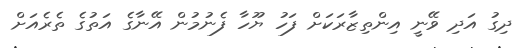
ދިގު އަދި ވޭނީ އިންތިޒާރަކަށް ފަހު ޔޫހާ ފެނުމުން އޭނާގެ އަތުގެ ތެރެއަށް